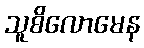
သူစိလောမေန